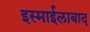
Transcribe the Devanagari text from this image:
इस्माईलाबाद